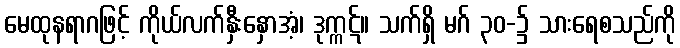
မေထုနရာဂဖြင့် ကိုယ်လက်နှီးနှောအံ့၊ ဒုက္ကဋ်။ သက်ရှိ မဂ် ၃၀-၌ သားရေစသည်ကို